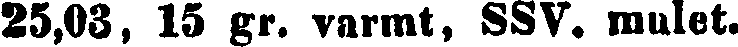
25,03, 15 gr. varmt, SSV. mulet.